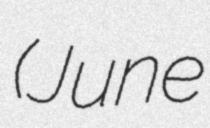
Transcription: (June